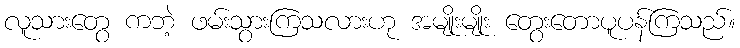
လူသားတွေ ကဘဲ့ ဖမ်းသွားကြသလားဟု အမျိုးမျိုး တွေးတောပူပန်ကြသည်။